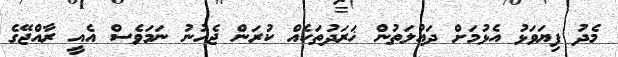
މެދު ފިޔަވަޅު އެޅުމަށް ދައުލަތުން ޚަރަދުތަކެއް ކުރަން ޖެހުނު ނަމަވެސް އެއީ ރާއްޖޭގެ